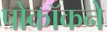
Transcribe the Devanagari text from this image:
पोकॉकने